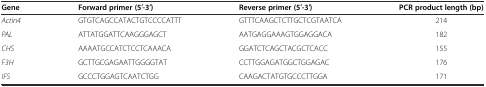
<table><thead><tr><td><b>Gene</b></td><td><b>Forward primer (5′-3′)</b></td><td><b>Reverse primer (5′-3′)</b></td><td><b>PCR product length (bp)</b></td></tr></thead><tbody><tr><td><i>Actin4</i></td><td>GTGTCAGCCATACTGTCCCCATTT</td><td>GTTTCAAGCTCTTGCTCGTAATCA</td><td>214</td></tr><tr><td><i>PAL</i></td><td>ATTATGGATTCAAGGGAGCT</td><td>AATGAGGAAAGTGGAGGACA</td><td>182</td></tr><tr><td><i>CHS</i></td><td>AAAATGCCATCTCCTCAAACA</td><td>GGATCTCAGCTACGCTCACC</td><td>155</td></tr><tr><td><i>F3H</i></td><td>GCTTGCGAGAATTGGGGTAT</td><td>CCTTGGAGATGGCTGGAGAC</td><td>176</td></tr><tr><td><i>IFS</i></td><td>GCCCTGGAGTCAATCTGG</td><td>CAAGACTATGTGCCCTTGGA</td><td>171</td></tr></tbody></table>